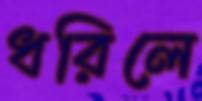
ধরিলে